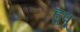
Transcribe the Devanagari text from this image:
हूपू